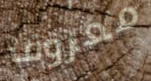
معروف